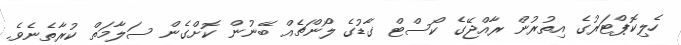
ހެލިކޮޕްޓަރުގެ އިތުރުން ރާއްޖޭގެ ކޯސްޓް ގާޑުގެ ލޯންޗެއް ބޭނުން ކޮށްގެން ސަލާމަތް ކުރާތެނެވެ.